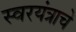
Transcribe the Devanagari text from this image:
स्वरयंत्राचे